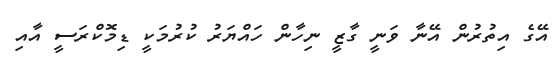
އޭގެ އިތުރުން އޭނާ ވަނީ ގާޒީ ނިހާން ހައްޔަރު ކުރުމަކީ ޑިމޮކްރަސީ އާއި